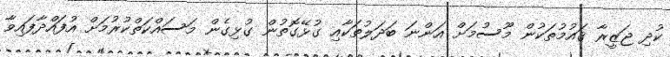
ކުދި ޖަޒީރާ ޤައުމުތަކުން މޫސުމަށް އަންނަ ބަދަލުތަކާއި ގުޅޭގޮތުން ގުޅިގެން މަސައްކަތްކުރުމަށް އުފައްދާފައިވާ